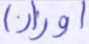
أوزارا